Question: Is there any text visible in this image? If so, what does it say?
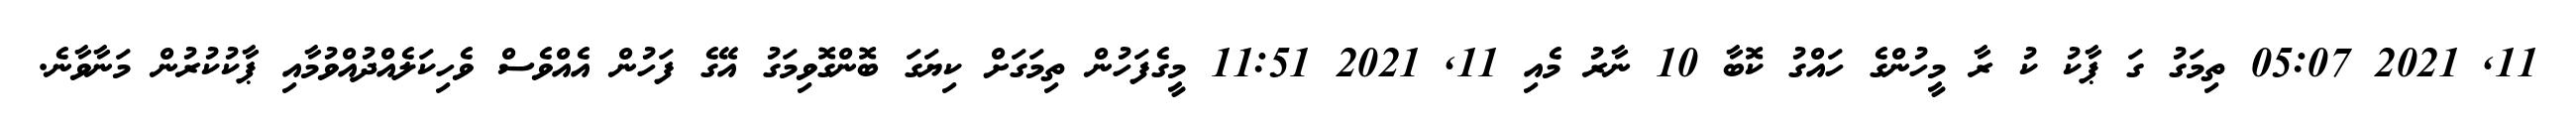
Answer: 11, 2021 05:07 ތިމަގު ގަ ޕާކު ކު ރާ މީހުންގެ ހައްގު ކޮބާ 10 ނާރު މެއި 11, 2021 11:51 މީގެފަހުން ތިމަގަށް ކިޔަގަ ބޮންގޮވިމަގު އޭގެ ފަހުން އެއްވެސް ވެހިކަލެއްދުއްވުމާއި ޕާކުކުރުން މަނާވާނެ.